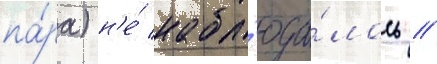
па́ра) н'е́ набл'юда́лось //